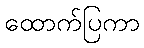
ထောက်ပြကာ